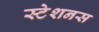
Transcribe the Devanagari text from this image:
स्टेशनस